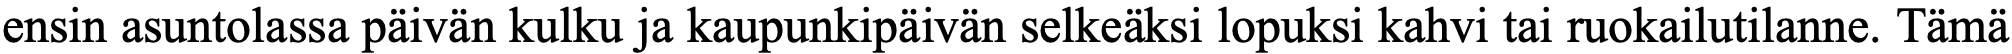
ensin asuntolassa päivän kulku ja kaupunkipäivän selkeäksi lopuksi kahvi tai ruokailutilanne. Tämä